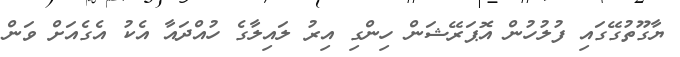
ޔާގޫތުގޭގައި ފުލުހުން އޮޕަރޭޝަން ހިންގި އިރު ލައިލާގެ ހުއްދައާ އެކު އެގެއަށް ވަން